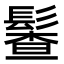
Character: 𩮎